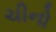
ચીનો